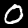
Digit: 0